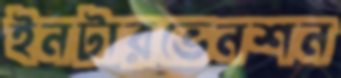
ইনটারভেনশন